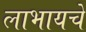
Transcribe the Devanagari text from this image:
लाभायचे